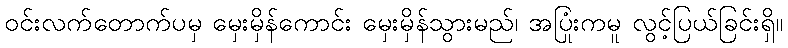
ဝင်းလက်တောက်ပမှ မှေးမှိန်ကောင်း မှေးမှိန်သွားမည်၊ အပြုံးကမူ လွင့်ပြယ်ခြင်းရှိ။